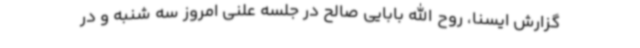
گزارش ایسنا، روح الله بابایی صالح در جلسه علنی امروز سه شنبه و در